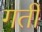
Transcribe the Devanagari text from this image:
गर्ती